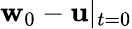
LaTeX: \mathbf{w}_{0}-\mathbf{u}|_{t=0}